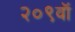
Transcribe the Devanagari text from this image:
२०९वॉ